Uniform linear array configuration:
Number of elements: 32
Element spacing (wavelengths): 0.5
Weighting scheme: hann
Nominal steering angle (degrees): -15
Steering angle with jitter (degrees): -15.666
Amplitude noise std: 0.05
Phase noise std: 0.05

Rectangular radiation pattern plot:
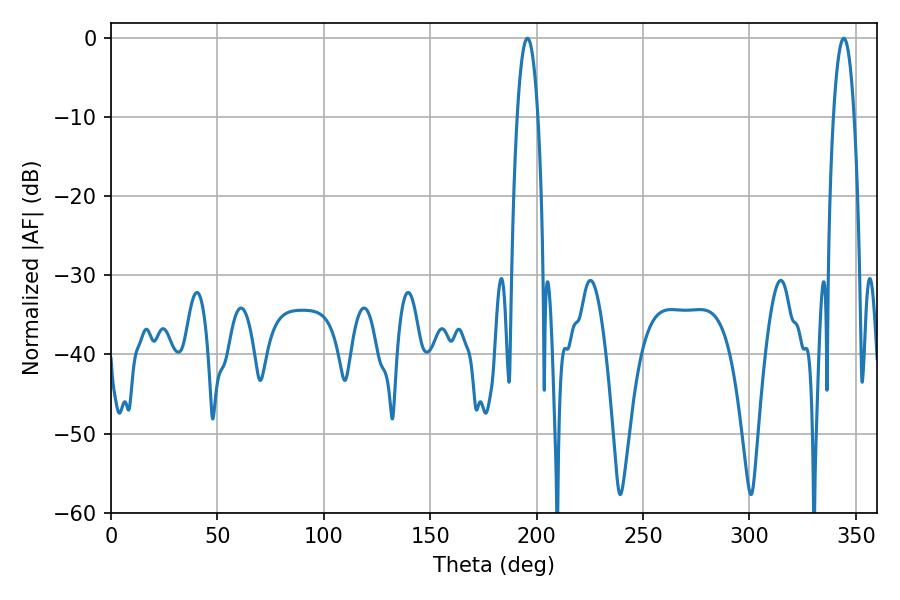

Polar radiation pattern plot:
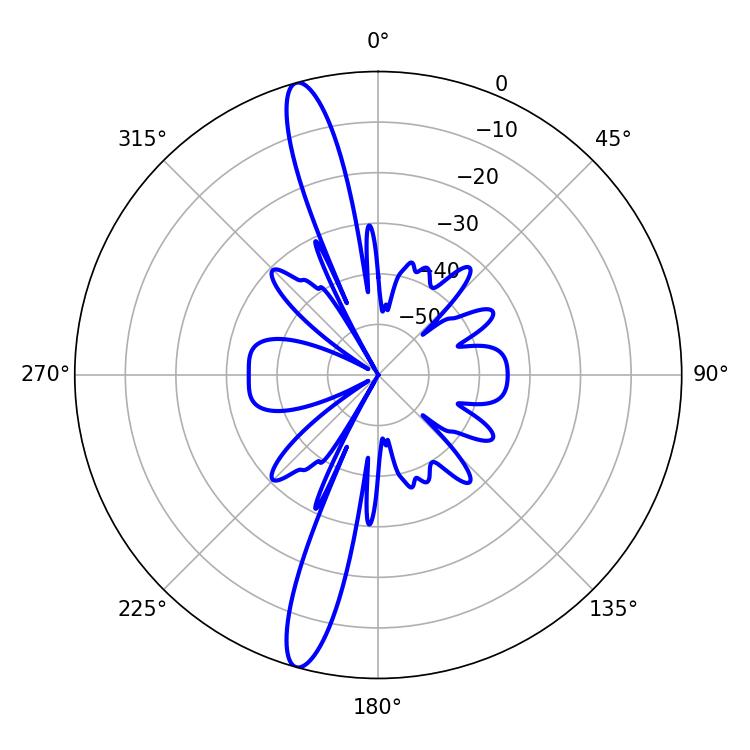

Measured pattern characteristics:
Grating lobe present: FALSE
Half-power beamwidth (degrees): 5.4
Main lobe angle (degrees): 195.66